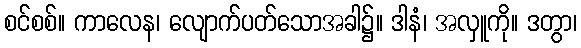
စင်စစ်။ ကာလေန၊ လျောက်ပတ်သောအခါ၌။ ဒါနံ၊ အလှူကို။ ဒတွာ၊